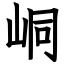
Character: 峒